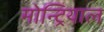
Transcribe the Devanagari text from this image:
मोन्ट्रियाल